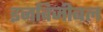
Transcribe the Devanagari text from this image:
इनविजीबल